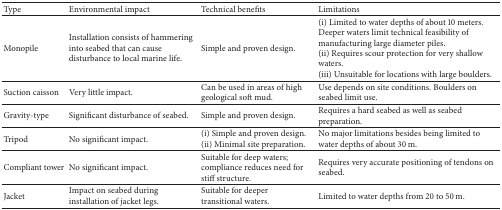
| Type | Environmental impact | Technical benefits | Limitations |
 | --- | --- | --- | --- |
 | Monopile | Installation consists of hammering into seabed that can cause disturbance to local marine life. | Simple and proven design. | (i) Limited to water depths of about 10 meters. Deeper waters limit technical feasibility of manufacturing large diameter piles.(ii) Requires scour protection for very shallow waters.(iii) Unsuitable for locations with large boulders. |
 | Suction caisson | Very little impact. | Can be used in areas of high geological soft mud. | Use depends on site conditions. Boulders on seabed limit use. |
 | Gravity-type | Significant disturbance of seabed. | Simple and proven design. | Requires a hard seabed as well as seabed preparation. |
 | Tripod | No significant impact. | (i) Simple and proven design.(ii) Minimal site preparation. | No major limitations besides being limited to water depths of about 30 m. |
 | Compliant tower | No significant impact. | Suitable for deep waters; compliance reduces need for stiff structure. | Requires very accurate positioning of tendons on seabed. |
 | Jacket | Impact on seabed during installation of jacket legs. | Suitable for deeper transitional waters. | Limited to water depths from 20 to 50 m. |